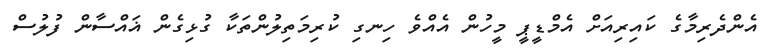
އެންދެރިމާގެ ކައިރިއަށް އެމްޑީޕީ މީހުން އެއްވެ ހިނގި ކުރިމަތިލުންތަކާ ގުޅިގެން ޣައްސާން ފުލުސް